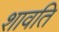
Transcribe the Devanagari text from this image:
शावति